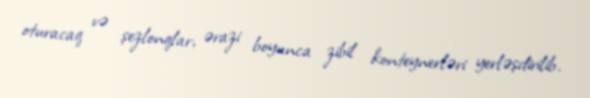
oturacaq və şezlonqlar, ərazi boyunca zibil konteynerləri yerləşdirilib.